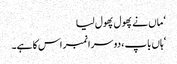
‘ ماں نے پھول پھول لیا
‘ہاں باپ ، دوسرا نمبر اس کا ہے۔